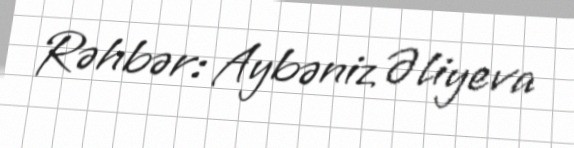
Rəhbər: Aybəniz Əliyeva